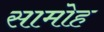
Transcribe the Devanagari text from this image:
सामोह